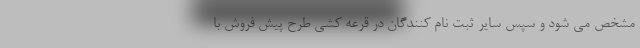
مشخص می شود و سپس سایر ثبت نام کنندگان در قرعه کشی طرح پیش فروش با